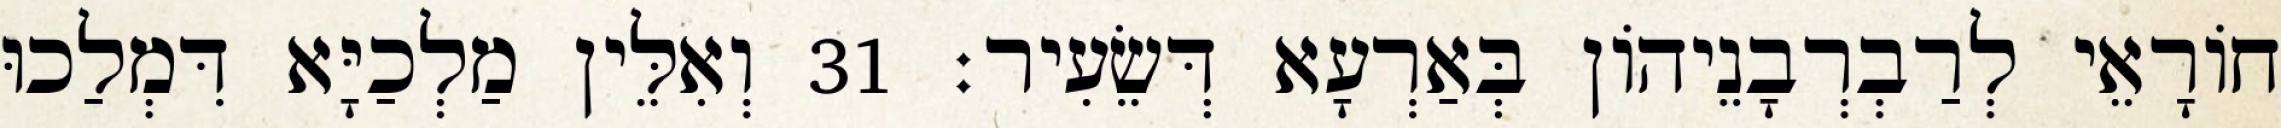
חוֹרָאֵי לְרַבְרְבָנֵיהוֹן בְּאַרְעָא דְּשֵׂעִיר׃ 31 וְאִלֵּין מַלְכַיָּא דִּמְלַכוּ